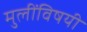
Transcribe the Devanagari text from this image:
मुलींविषयी